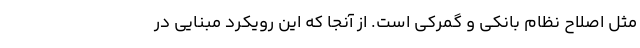
مثل اصلاح نظام بانکی و گمرکی است. از آنجا که این رویکرد مبنایی در